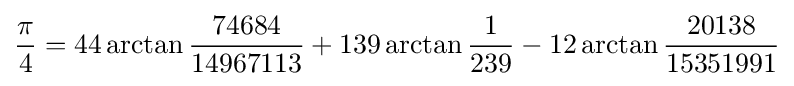
{\frac {\pi }{4}}=44\arctan {\frac {74684}{14967113}}+139\arctan {\frac {1}{239}}-12\arctan {\frac {20138}{15351991}}